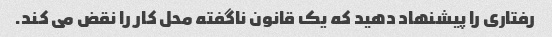
رفتاری را پیشنهاد دهید که یک قانون ناگفته محل کار را نقض می کند.